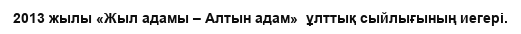
2013 жылы «Жыл адамы – Алтын адам»  ұлттық сыйлығының иегері.